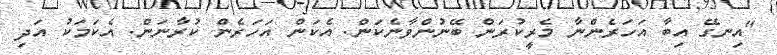
"އިނގޭ އިބާ އަހަރެންނާ މެރީކުރަން ބޭނުންވާނެކަން. އެކަން އަހަރެން ކުރާނަން. އެކަމަކު އަދި